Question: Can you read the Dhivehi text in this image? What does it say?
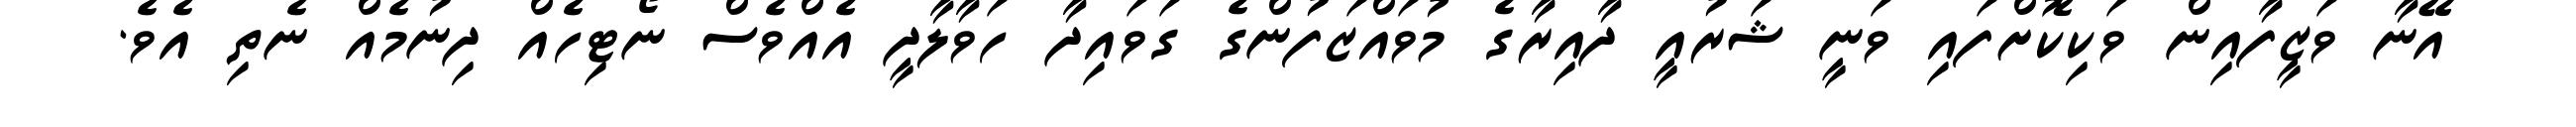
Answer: އޭނާ ވަޒީފާއިން ވަކިކޮށްފައި ވަނީ ޝަރުއީ ދާއިރާގެ މުވައްޒަފުންގެ ގަވައިދާ ހަވާލާދީ އެއްވެސް ނޯޓިހެއް ދިނުމެއް ނެތި އެވެ.